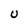
Character: U